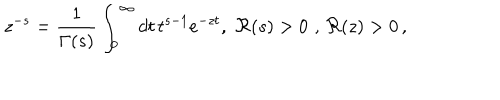
LaTeX: z ^ { - s } = \frac { 1 } { \Gamma ( s ) } \int _ { 0 } ^ { \infty } d t \, t ^ { s - 1 } e ^ { - z t } , \, \, \Re ( s ) > 0 \, \, , \, \Re ( z ) > 0 \, ,